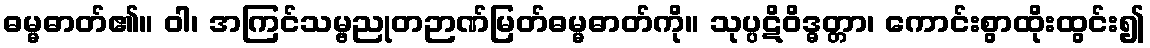
ဓမ္မဓာတ်၏။ ဝါ၊ အကြင်သမ္ဗညုတဉာဏ်မြတ်ဓမ္မဓာတ်ကို။ သုပ္ပဋိဝိဒ္ဓတ္တာ၊ ကောင်းစွာထိုးထွင်း၍